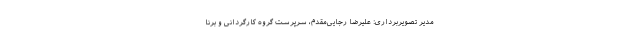
مدیر تصویربرداری: علیرضا رجایی‌مقدم، سرپرست گروه کارگردانی و برنا